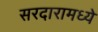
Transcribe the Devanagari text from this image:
सरदारामध्ये